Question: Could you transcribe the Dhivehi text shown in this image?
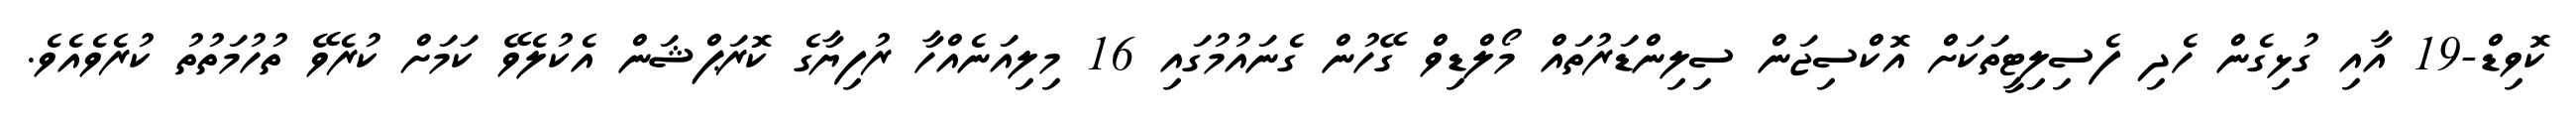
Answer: ކޮވިޑް-19 އާއި ގުޅިގެން ހެދި ފެސިލިޓީތަކަށް އޮކްސިޖަން ސިލިންޑަރުތައް މޯލްޑިވް ގޭހުން ގެނައުމުގައި 16 މިލިއަނެއްހާ ރުފިޔާގެ ކޮރަޕްޝަން އެކުލެވޭ ކަމަށް ކުރެވޭ ތުހުމަތުތު ކުރެވެއެވެ.